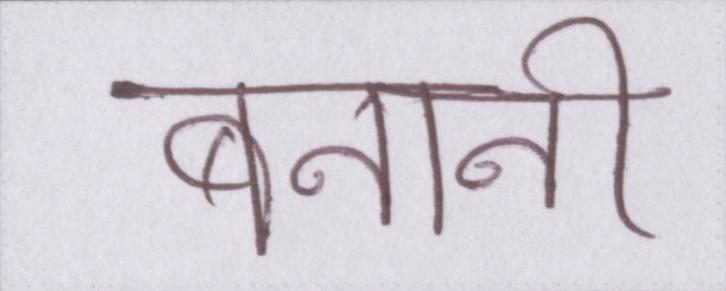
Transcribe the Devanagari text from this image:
बनानी